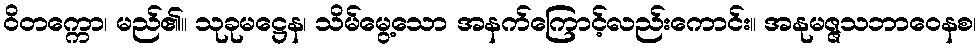
ဝိတက္ကော၊ မည်၏။ သုခုမဋ္ဌေန၊ သိမ်မွေ့သော အနက်ကြောင့်လည်းကောင်း။ အနုမဇ္ဇသဘာဝေနစ၊